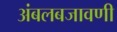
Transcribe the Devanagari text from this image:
अंबलबजावणी